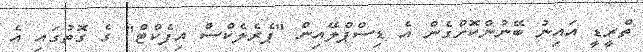
ތްރީޑީ އައިނު ބޭނުންކޮށްގެން އެ ޑިސްޕްލޭއިން "ޕެރެލެކްސް އިފެކްޓް" ގެ ގޮތުގައި އެ